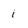
Character: i